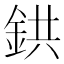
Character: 鉷